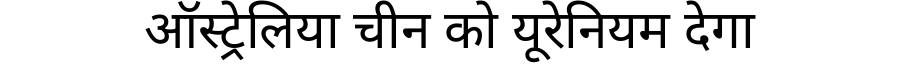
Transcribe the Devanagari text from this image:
ऑस्ट्रेलिया चीन को यूरेनियम देगा